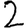
Digit: 2